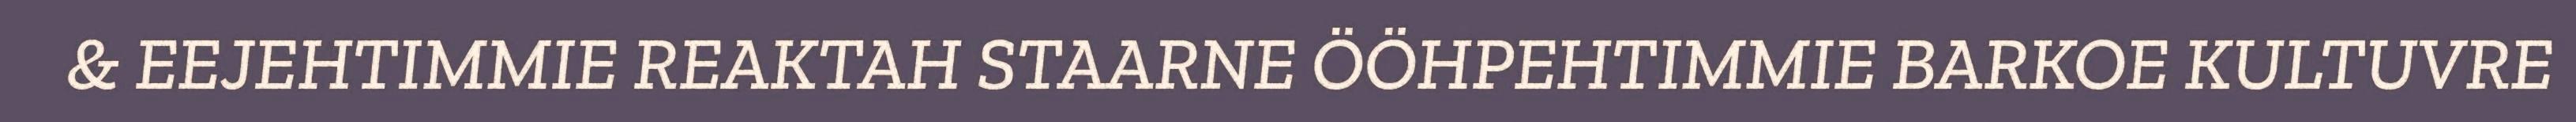
& EEJEHTIMMIE REAKTAH STAARNE ÖÖHPEHTIMMIE BARKOE KULTUVRE